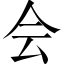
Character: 会